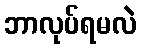
ဘာလုပ်ရမလဲ